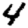
Digit: 4